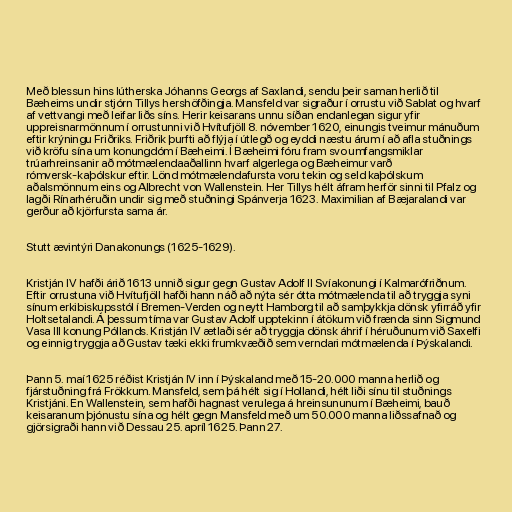
Með blessun hins lútherska Jóhanns Georgs af Saxlandi, sendu þeir saman herlið til
Bæheims undir stjórn Tillys hershöfðingja. Mansfeld var sigraður í orrustu við Sablat og hvarf
af vettvangi með leifar liðs síns. Herir keisarans unnu síðan endanlegan sigur yfir
uppreisnarmönnum í orrustunni við Hvítufjöll 8. nóvember 1620, einungis tveimur mánuðum
eftir krýningu Friðriks. Friðrik þurfti að flýja í útlegð og eyddi næstu árum í að afla stuðnings
við kröfu sína um konungdóm í Bæheimi. Í Bæheimi fóru fram svo umfangsmiklar
trúarhreinsanir að mótmælendaaðallinn hvarf algerlega og Bæheimur varð
rómversk-kaþólskur eftir. Lönd mótmælendafursta voru tekin og seld kaþólskum
aðalsmönnum eins og Albrecht von Wallenstein. Her Tillys hélt áfram herför sinni til Pfalz og
lagði Rínarhéruðin undir sig með stuðningi Spánverja 1623. Maximilian af Bæjaralandi var
gerður að kjörfursta sama ár.

Stutt ævintýri Danakonungs (1625-1629).

Kristján IV hafði árið 1613 unnið sigur gegn Gustav Adolf II Svíakonungi í Kalmarófriðnum.
Eftir orrustuna við Hvítufjöll hafði hann náð að nýta sér ótta mótmælenda til að tryggja syni
sínum erkibiskupsstól í Bremen-Verden og neytt Hamborg til að samþykkja dönsk yfirráð yfir
Holtsetalandi. Á þessum tíma var Gustav Adolf upptekinn í átökum við frænda sinn Sigmund
Vasa III konung Póllands. Kristján IV ætlaði sér að tryggja dönsk áhrif í héruðunum við Saxelfi
og einnig tryggja að Gustav tæki ekki frumkvæðið sem verndari mótmælenda í Þýskalandi.

Þann 5. maí 1625 réðist Kristján IV inn í Þýskaland með 15-20.000 manna herlið og
fjárstuðning frá Frökkum. Mansfeld, sem þá hélt sig í Hollandi, hélt liði sínu til stuðnings
Kristjáni. En Wallenstein, sem hafði hagnast verulega á hreinsununum í Bæheimi, bauð
keisaranum þjónustu sína og hélt gegn Mansfeld með um 50.000 manna liðssafnað og
gjörsigraði hann við Dessau 25. apríl 1625. Þann 27.